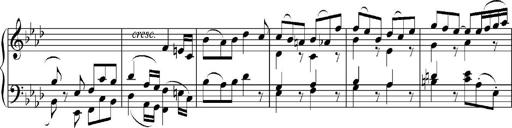
Title: Sonatina No.5
Composer: Otto Stoll
Key: F-sharp minor